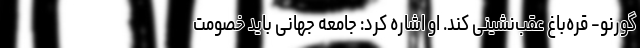
گورنو- قره‌باغ عقب‌نشینی کند. او اشاره کرد: جامعه جهانی باید خصومت